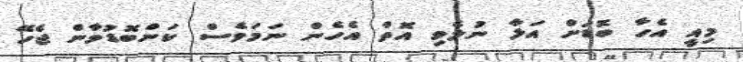
މިއީ އެހާ ބޮޑަށް އަޅާ ނުލެވި އޮތް އެހެން ނަމަވެސް ކަންބޮޑުވާން ޖެހޭ